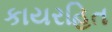
કાયરહિત